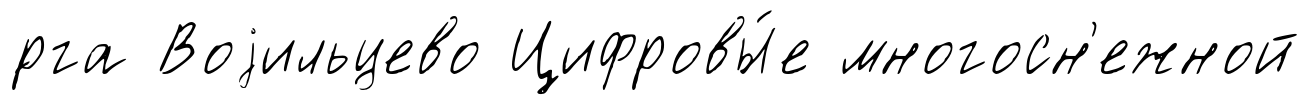
́рга Воjильцево Цифровы́е многосн'ежной